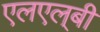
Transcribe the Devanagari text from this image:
एलएल्‌बी